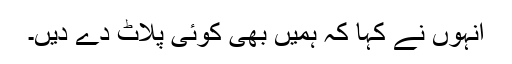
انہوں نے کہا کہ ہمیں بھی کوئی پلاٹ دے دیں۔